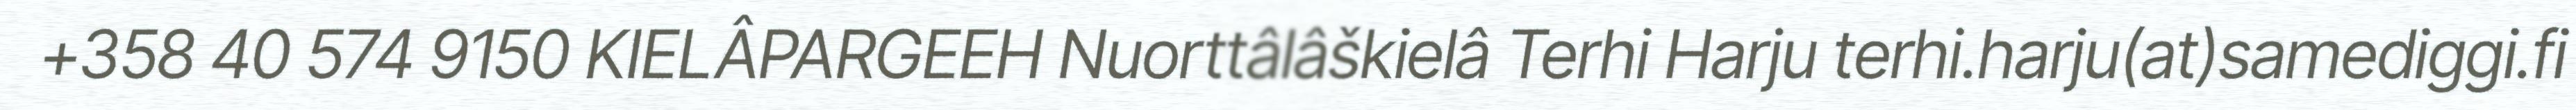
+358 40 574 9150 KIELÂPARGEEH Nuorttâlâškielâ Terhi Harju terhi.harju(at)samediggi.fi